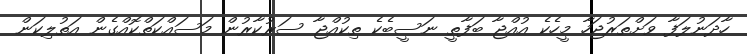
ހާދަނުލަފާ ވަށްތަރުޖަހާ މީހެކެ އުއްޖާ ބަފާތީ ނަސީބެކެ ތިކުއްޖާ ސަރުކާރުން މަސައްކަތްކޮއްގެން އަތުލިކަން